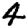
Digit: 4